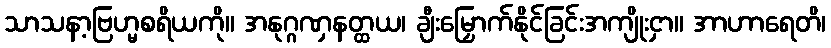
သာသနာ့ဗြဟ္မစရိယကို။ အနုဂ္ဂဏှနတ္ထယ၊ ချီးမြှောက်နိုင်ခြင်းအကျိုးငှာ။ အာဟာရေတိ၊